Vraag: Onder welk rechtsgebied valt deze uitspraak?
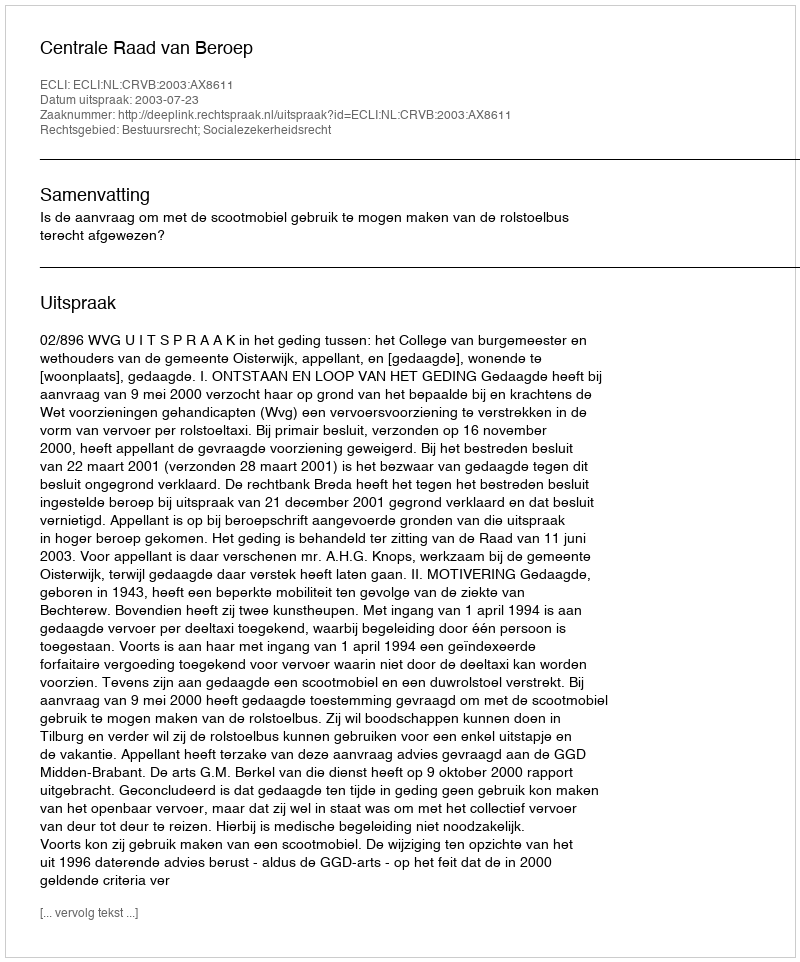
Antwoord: Bestuursrecht; Socialezekerheidsrecht